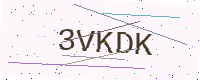
Text: 3VKDK